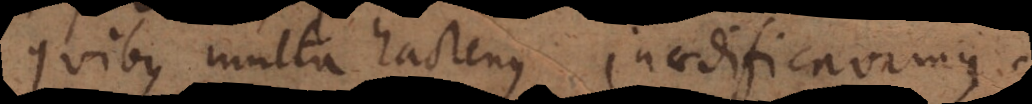
uibus multa hactenus inaedificavimus.